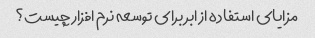
مزایای استفاده از ابر برای توسعه نرم افزار چیست؟